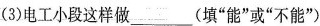
(3)电工小段这样做___(填”能”或”不能”)